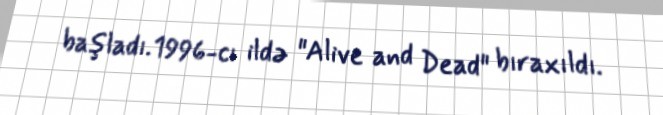
başladı.1996-cı ildə "Alive and Dead" bıraxıldı.